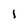
Character: l